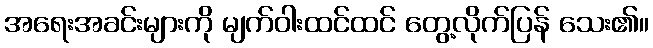
အရေးအခင်းများကို မျက်ဝါးထင်ထင် တွေ့လိုက်ပြန် သေး၏။